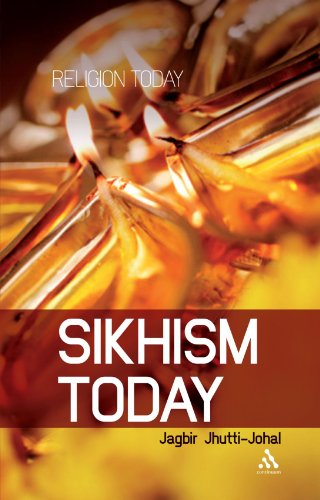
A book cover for Sikhism Today (Religion Today); Jagbir Jhutti-Johal; Religion & Spirituality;